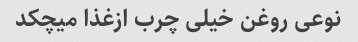
نوعی روغن خیلی چرب ازغذا میچکد